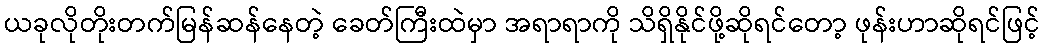
ယခုလိုတိုးတက်မြန်ဆန်နေတဲ့ ခေတ်ကြီးထဲမှာ အရာရာကို သိရှိနိုင်ဖို့ဆိုရင်တော့ ဖုန်းဟာဆိုရင်ဖြင့်